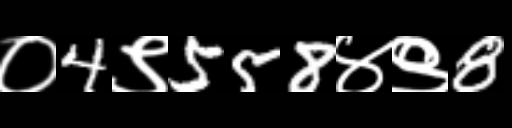
Text: ०4९558४९8